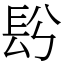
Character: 䦇